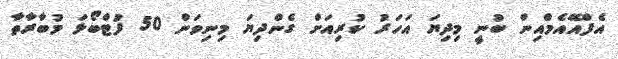
އެފްއޭއެމްއިން ބުނީ މިދިޔަ އަހަރު ކުރިއަށް ގެންދިޔަ މިނިވަން 50 ފުޓްބޯޅަ މުބާރާތާ